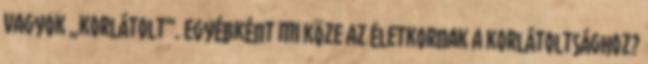
vagyok „korlátolt”. Egyébként mi köze az életkornak a korlátoltsághoz?